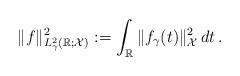
LaTeX: \begin{align*}\Vert f\Vert_{L^2_\gamma(\mathbb R; \mathcal X)}^2:=\int_\mathbb R \Vert f_\gamma(t)\Vert_{\mathcal X}^2\,dt\,.\end{align*}